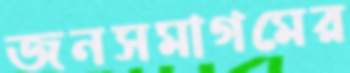
জনসমাগমের